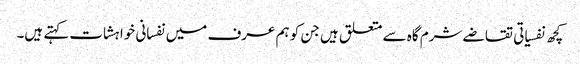
کچھ نفسیاتی تقاضے شرم گاہ سے متعلق ہیں جن کو ہم عرف میں نفسانی خواہشات کہتے ہیں۔